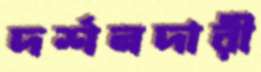
দর্শনদারী